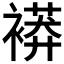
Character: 𧜒